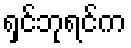
ရှင်ဘုရင်က